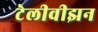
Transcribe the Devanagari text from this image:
टेलीवीझन